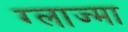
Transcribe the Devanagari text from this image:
ग्लाज्मा